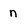
Character: n